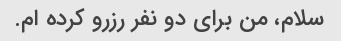
سلام، من برای دو نفر رزرو کرده ام.